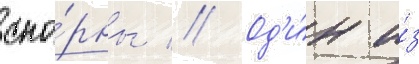
спо́рны // Од'и́н и́з